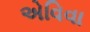
એવિવા